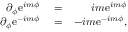
\begin{array} { r l r } { \partial _ { \phi } \mathrm { e } ^ { i m \phi } } & { { } = } & { i m \mathrm { e } ^ { i m \phi } } \\ { \partial _ { \phi } \mathrm { e } ^ { - i m \phi } } & { { } = } & { - i m \mathrm { e } ^ { - i m \phi } , } \end{array}